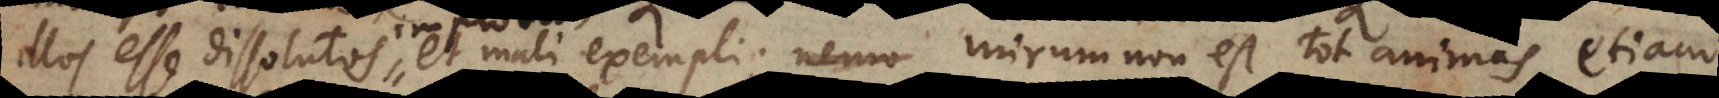
illos esse dissolutos, et mali exempli; nemo mirum non est tot animas etia